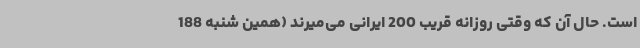
است. حال آن که وقتی روزانه قریب 200 ایرانی می‌میرند (همین شنبه 188